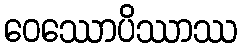
ဝေဿောပိဿာဿ